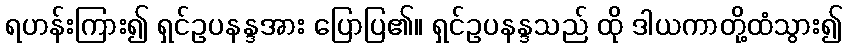
ရဟန်းကြား၍ ရှင်ဥပနန္ဒအား ပြောပြ၏။ ရှင်ဥပနန္ဒသည် ထို ဒါယကာတို့ထံသွား၍